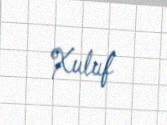
Xuluf